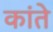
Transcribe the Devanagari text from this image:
कांते